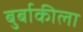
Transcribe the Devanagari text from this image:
बुर्बाकीला